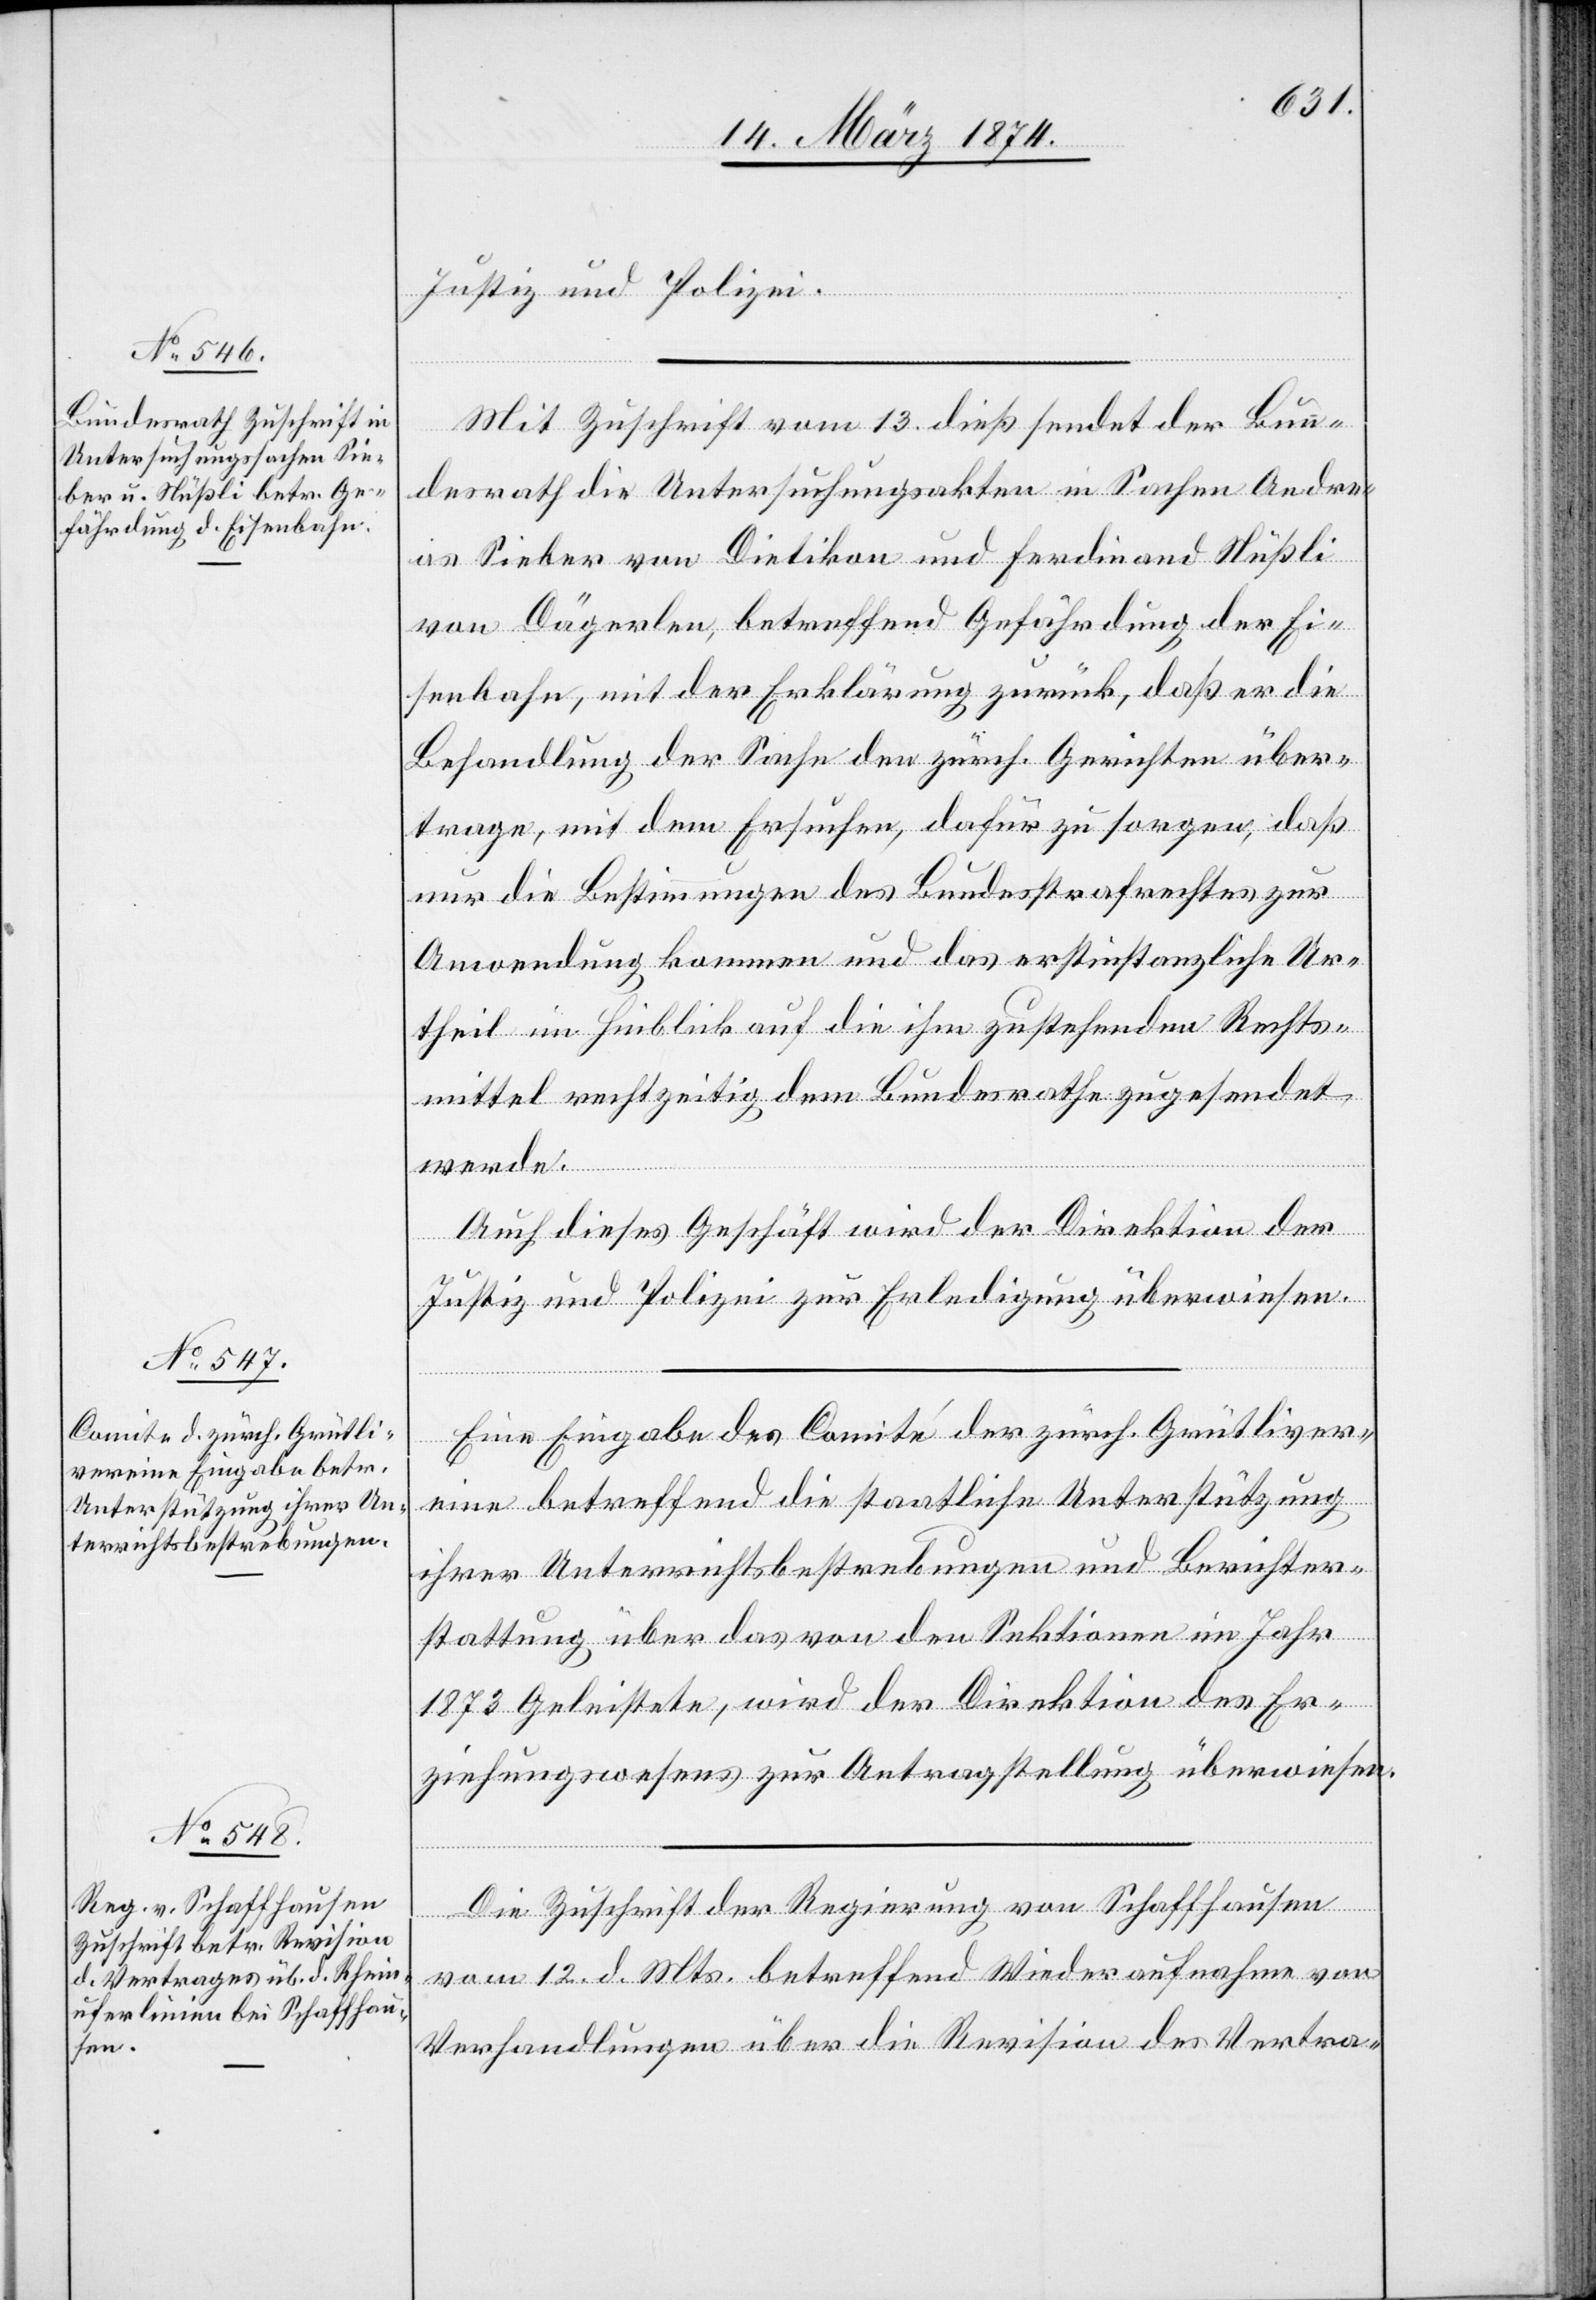
16. März 1874.]
Justiz und Polizei.
Mit Zuschrift vom 13. dieß sendet der Bun¬
desrath die Untersuchungsakten in Sachen Andre¬
as Sieber von Dietikon und Ferdinand Nüßli
von Dägerlen, betreffend Gefährdung der Ei¬
senbahn, mit der Erklärung zurück, daß er die
Behandlung der Sache den zürch. Gerichten über¬
trage, mit dem Ersuchen, dafür zu sorgen, daß
nur die Bestimmungen des Bundesstrafrechtes zur
Anwendung kommen und das erstinstanzliche Ur¬
theil im Hinblick auf die ihm zustehenden Rechts¬
mittel rechtzeitig dem Bundesrathe zugesendet
werde.
Auch dieses Geschäft wird der Direktion der
Justiz und Polizei zur Erledigung überweisen.
Eine Eingabe des Comité der zürch. Grütliver¬
eine betreffend die staatliche Unterstützung
ihrer Unterrichtsbestrebungen und Berichter¬
stattung über das von den Sektionen im Jahr
1873 Geleistete, wird der Direktion des Er¬
ziehungswesens zur Antragstellung überweisen.
Die Zuschrift der Regierung von Schaffhausen
vom 12. d. Mts. betreffend Wiederaufnahme von
Verhandlungen über die Revision des Vertra-